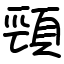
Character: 頸